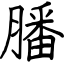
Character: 膰